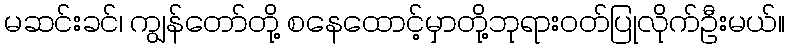
မဆင်းခင်၊ ကျွန်တော်တို့ စနေထောင့်မှာတို့ဘုရားဝတ်ပြုလိုက်ဦးမယ်။